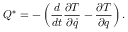
Q ^ { * } = - \left( { \frac { d } { d t } } { \frac { \partial T } { \partial { \dot { q } } } } - { \frac { \partial T } { \partial q } } \right) .